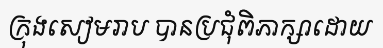
ក្រុងសៀមរាប បានប្រជុំពិភាក្សាដោយ